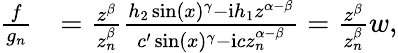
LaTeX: \begin{array}{rl}{\frac{f}{g_{n}}}&{=\frac{z^{\beta}}{z_{n}^{\beta}}\frac{h_{2}\sin(x)^{\gamma}-\mathrm{i}h_{1}z^{\alpha-\beta}}{c^{\prime}\sin(x)^{\gamma}-\mathrm{i}cz_{n}^{\alpha-\beta}}=\frac{z^{\beta}}{z_{n}^{\beta}}w,}\end{array}